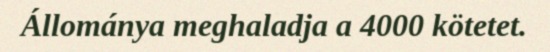
Állománya meghaladja a 4000 kötetet.